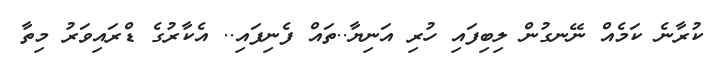
ކުރާނެ ކަމެއް ނޭނގުން ލިބިފައި ހުރި އަނިޔާ..ތައް ފެނިފައި.. އެކާރުގެ ޑްރައިވަރު މިތާ